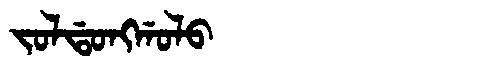
Manchu: ᠵᠣᠯᡩᠣᠩᡤᠣᠯᠣ
Romanization: JOLDONGGOLO